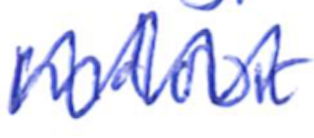
Text: Indoor
Cross-out: zig-zag
Writing tool: ballpoint